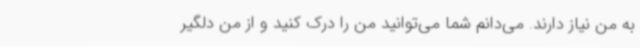
به من نیاز دارند. می‌دانم شما می‌توانید من را درک کنید و از من دلگیر